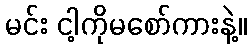
မင်း ငါ့ကိုမစော်ကားနဲ့။